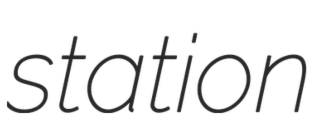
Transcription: station